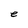
Character: e